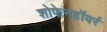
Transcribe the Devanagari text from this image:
शोफेनहॉवर्र